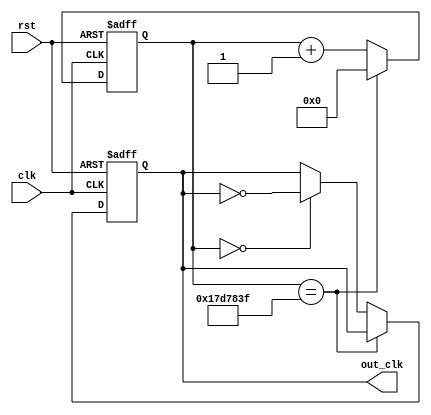
module clk_dll(rst, clk, out_clk);
  input clk, rst;

  output out_clk;

  reg out_clk;
  reg [24:0]cnt_clk;

  always@(posedge clk or negedge rst)
  begin
    if(!rst)
	begin
      out_clk <= 0;
      cnt_clk <= 0;
    end
    
    else
	begin  
      cnt_clk <= cnt_clk+1;
            
      if(cnt_clk == 24999999)
      //if(cnt_clk == 24)
        cnt_clk <=0;
      else if(cnt_clk==0)
        out_clk <= !out_clk;     

    end
    
  end    
endmodule